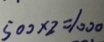
5 0 0 \times 2 = 1 0 0 0